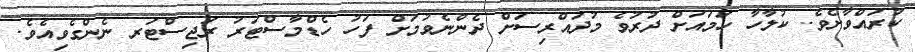
ކުރައްވާށެވެ. ކުލާހާ ހަމައަށް ދުރުވެ މުދައްރިސަށް ދެންނެވުމަށް ފަހު ހެޑްމާސްޓަރު ރަޖިސްޓަރ ނެންގެވިއެވެ.